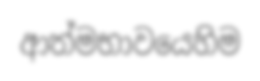
ආත්මභාවයෙහිම